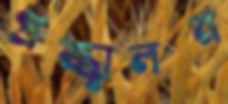
প্রজ্জ্বালন